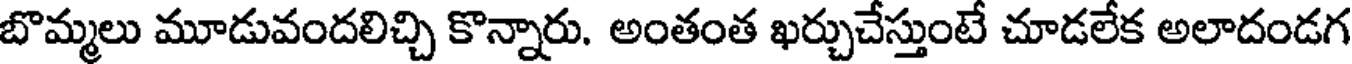
బొమ్మలు మూడువందలిచ్చి కొన్నారు. అంతంత ఖర్చుచేస్తుంటే చూడలేక అలాదండగ